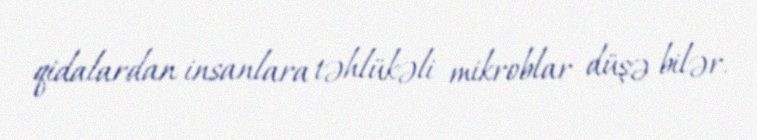
qidalardan insanlara təhlükəli mikroblar düşə bilər.